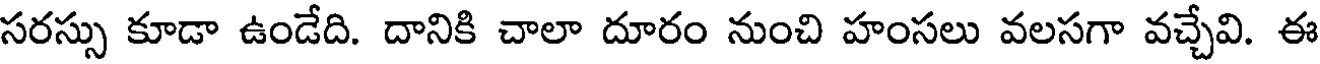
సరస్సు కూడా ఉండేది. దానికి చాలా దూరం నుంచి హంసలు వలసగా వచ్చేవి. ఈ